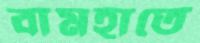
বামহাতে